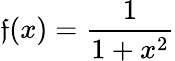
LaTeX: \mathfrak{f}(x)={\frac{{1}}{{1+x^{2}}}}